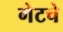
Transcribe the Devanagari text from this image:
गेटचे